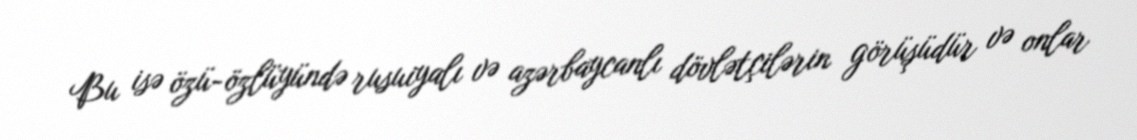
Bu isə özü-özlüyündə rusuiyalı və azərbaycanlı dövlətçilərin görüşüdür və onlar